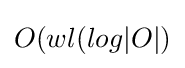
O(wl(log|O|)